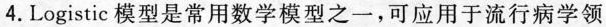
4.Logistic模型是常用数学模型之一，可应用于流行病学领